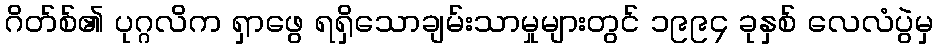
ဂိတ်စ်၏ ပုဂ္ဂလိက ရှာဖွေ ရရှိသောချမ်းသာမှုများတွင် ၁၉၉၄ ခုနှစ် လေလံပွဲမှ